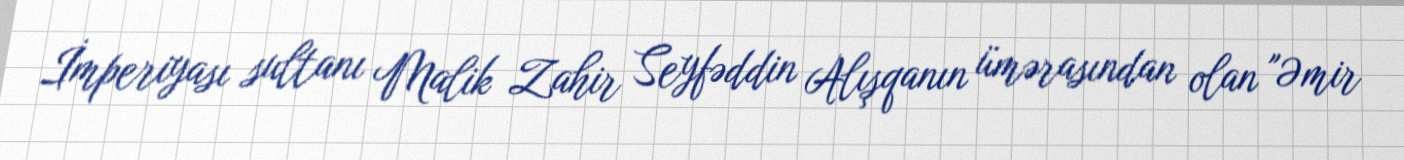
İmperiyası sultanı Malik Zahir Seyfəddin Alışqanın ümərasından olan "Əmir